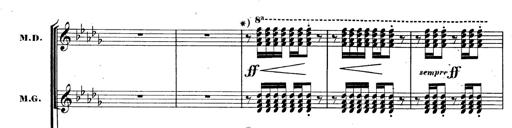
Title: BÃ©nÃ©diction et serment
Composer: Franz Liszt